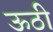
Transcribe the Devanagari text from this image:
ऊठी